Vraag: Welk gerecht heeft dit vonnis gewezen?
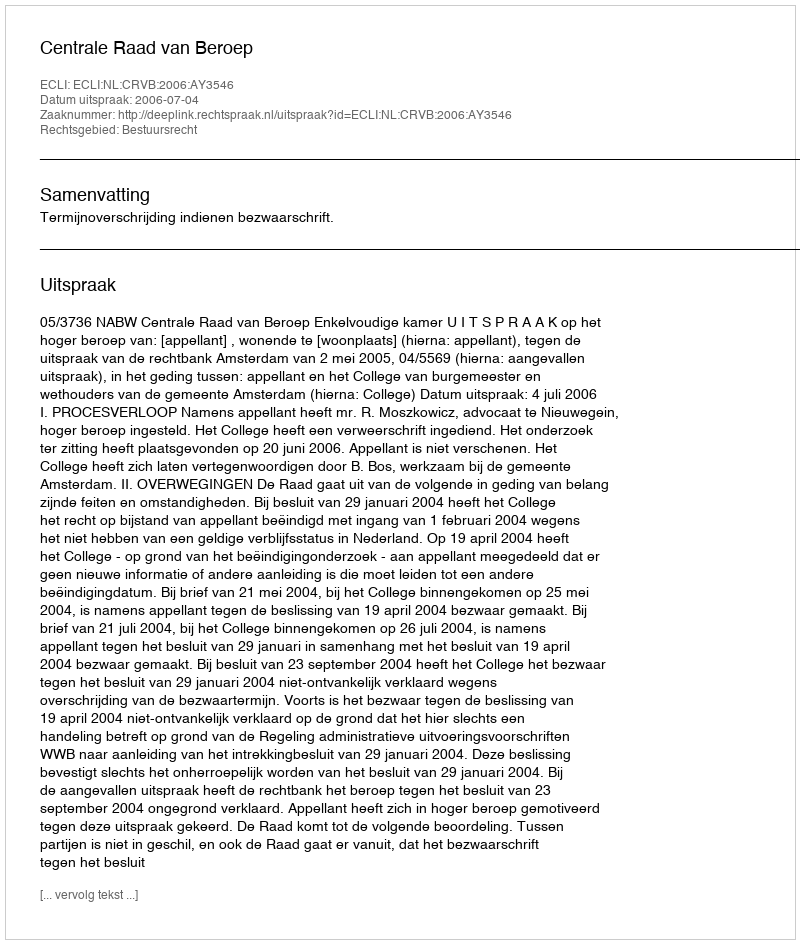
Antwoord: Centrale Raad van Beroep